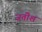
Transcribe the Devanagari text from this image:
जतीश